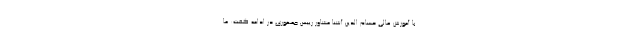
با آموزش عالی حسام الدین آشنا مشاور رییس جمهوری در ادامه گفت: ما